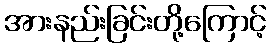
အားနည်းခြင်းတို့ကြောင့်